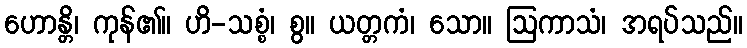
ဟောန္တိ၊ ကုန်၏။ ဟိ-သစ္စံ၊ စွ။ ယတ္တကံ၊ သော။ ဩကာသံ၊ အရပ်သည်။